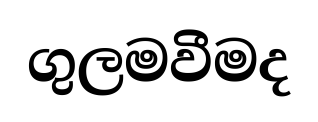
ගුලමවීමද